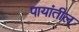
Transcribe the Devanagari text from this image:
पायांतील